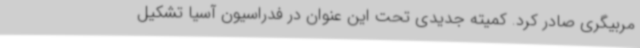
مربیگری صادر کرد. کمیته جدیدی تحت این عنوان در فدراسیون آسیا تشکیل